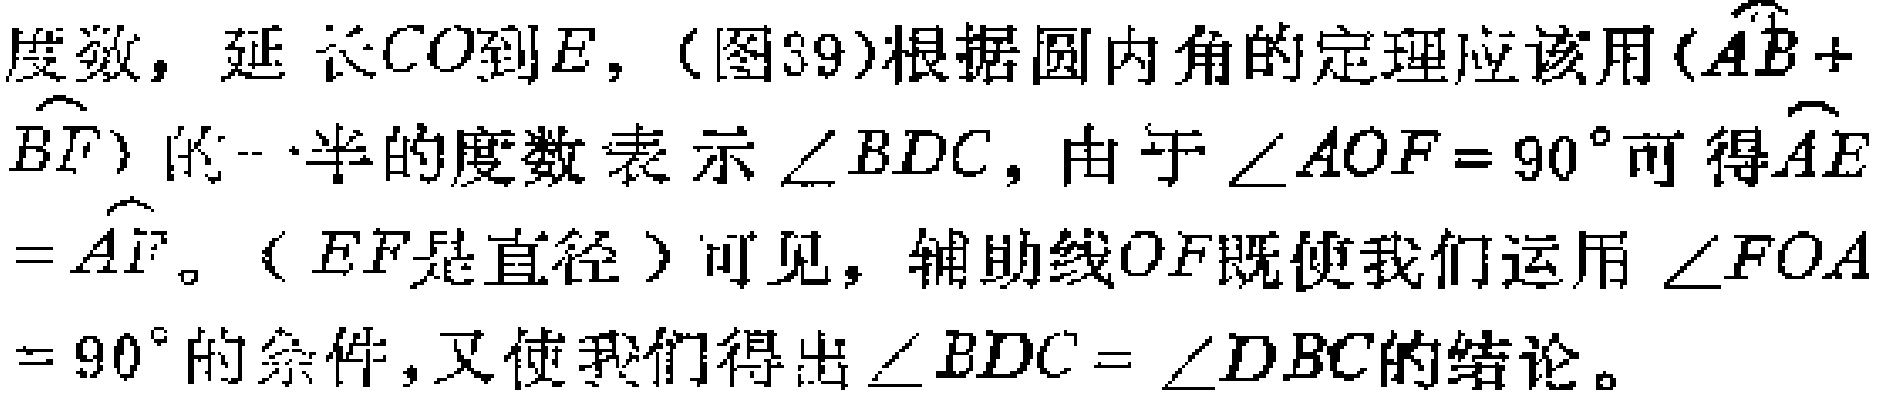
度数，延长$CO$到$E$，（图39）根据圆内角的定理应该用$(\overset{\frown}{AB} + \overset{\frown}{BF})$的一半的度数表示$\angle BDC$，由于$\angle AOF = 90^{\circ}$可得$\overset{\frown}{AE}=\overset{\frown}{AF}$。（$EF$是直径）可见，辅助线$OF$既使我们运用$\angle FOA = 90^{\circ}$的条件，又使我们得出$\angle BDC=\angle DBC$的结论。